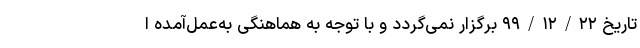
تاریخ ۹۹/۱۲/۲۲ برگزار نمی‌گردد و با توجه به هماهنگی به‌عمل‌آمده ا